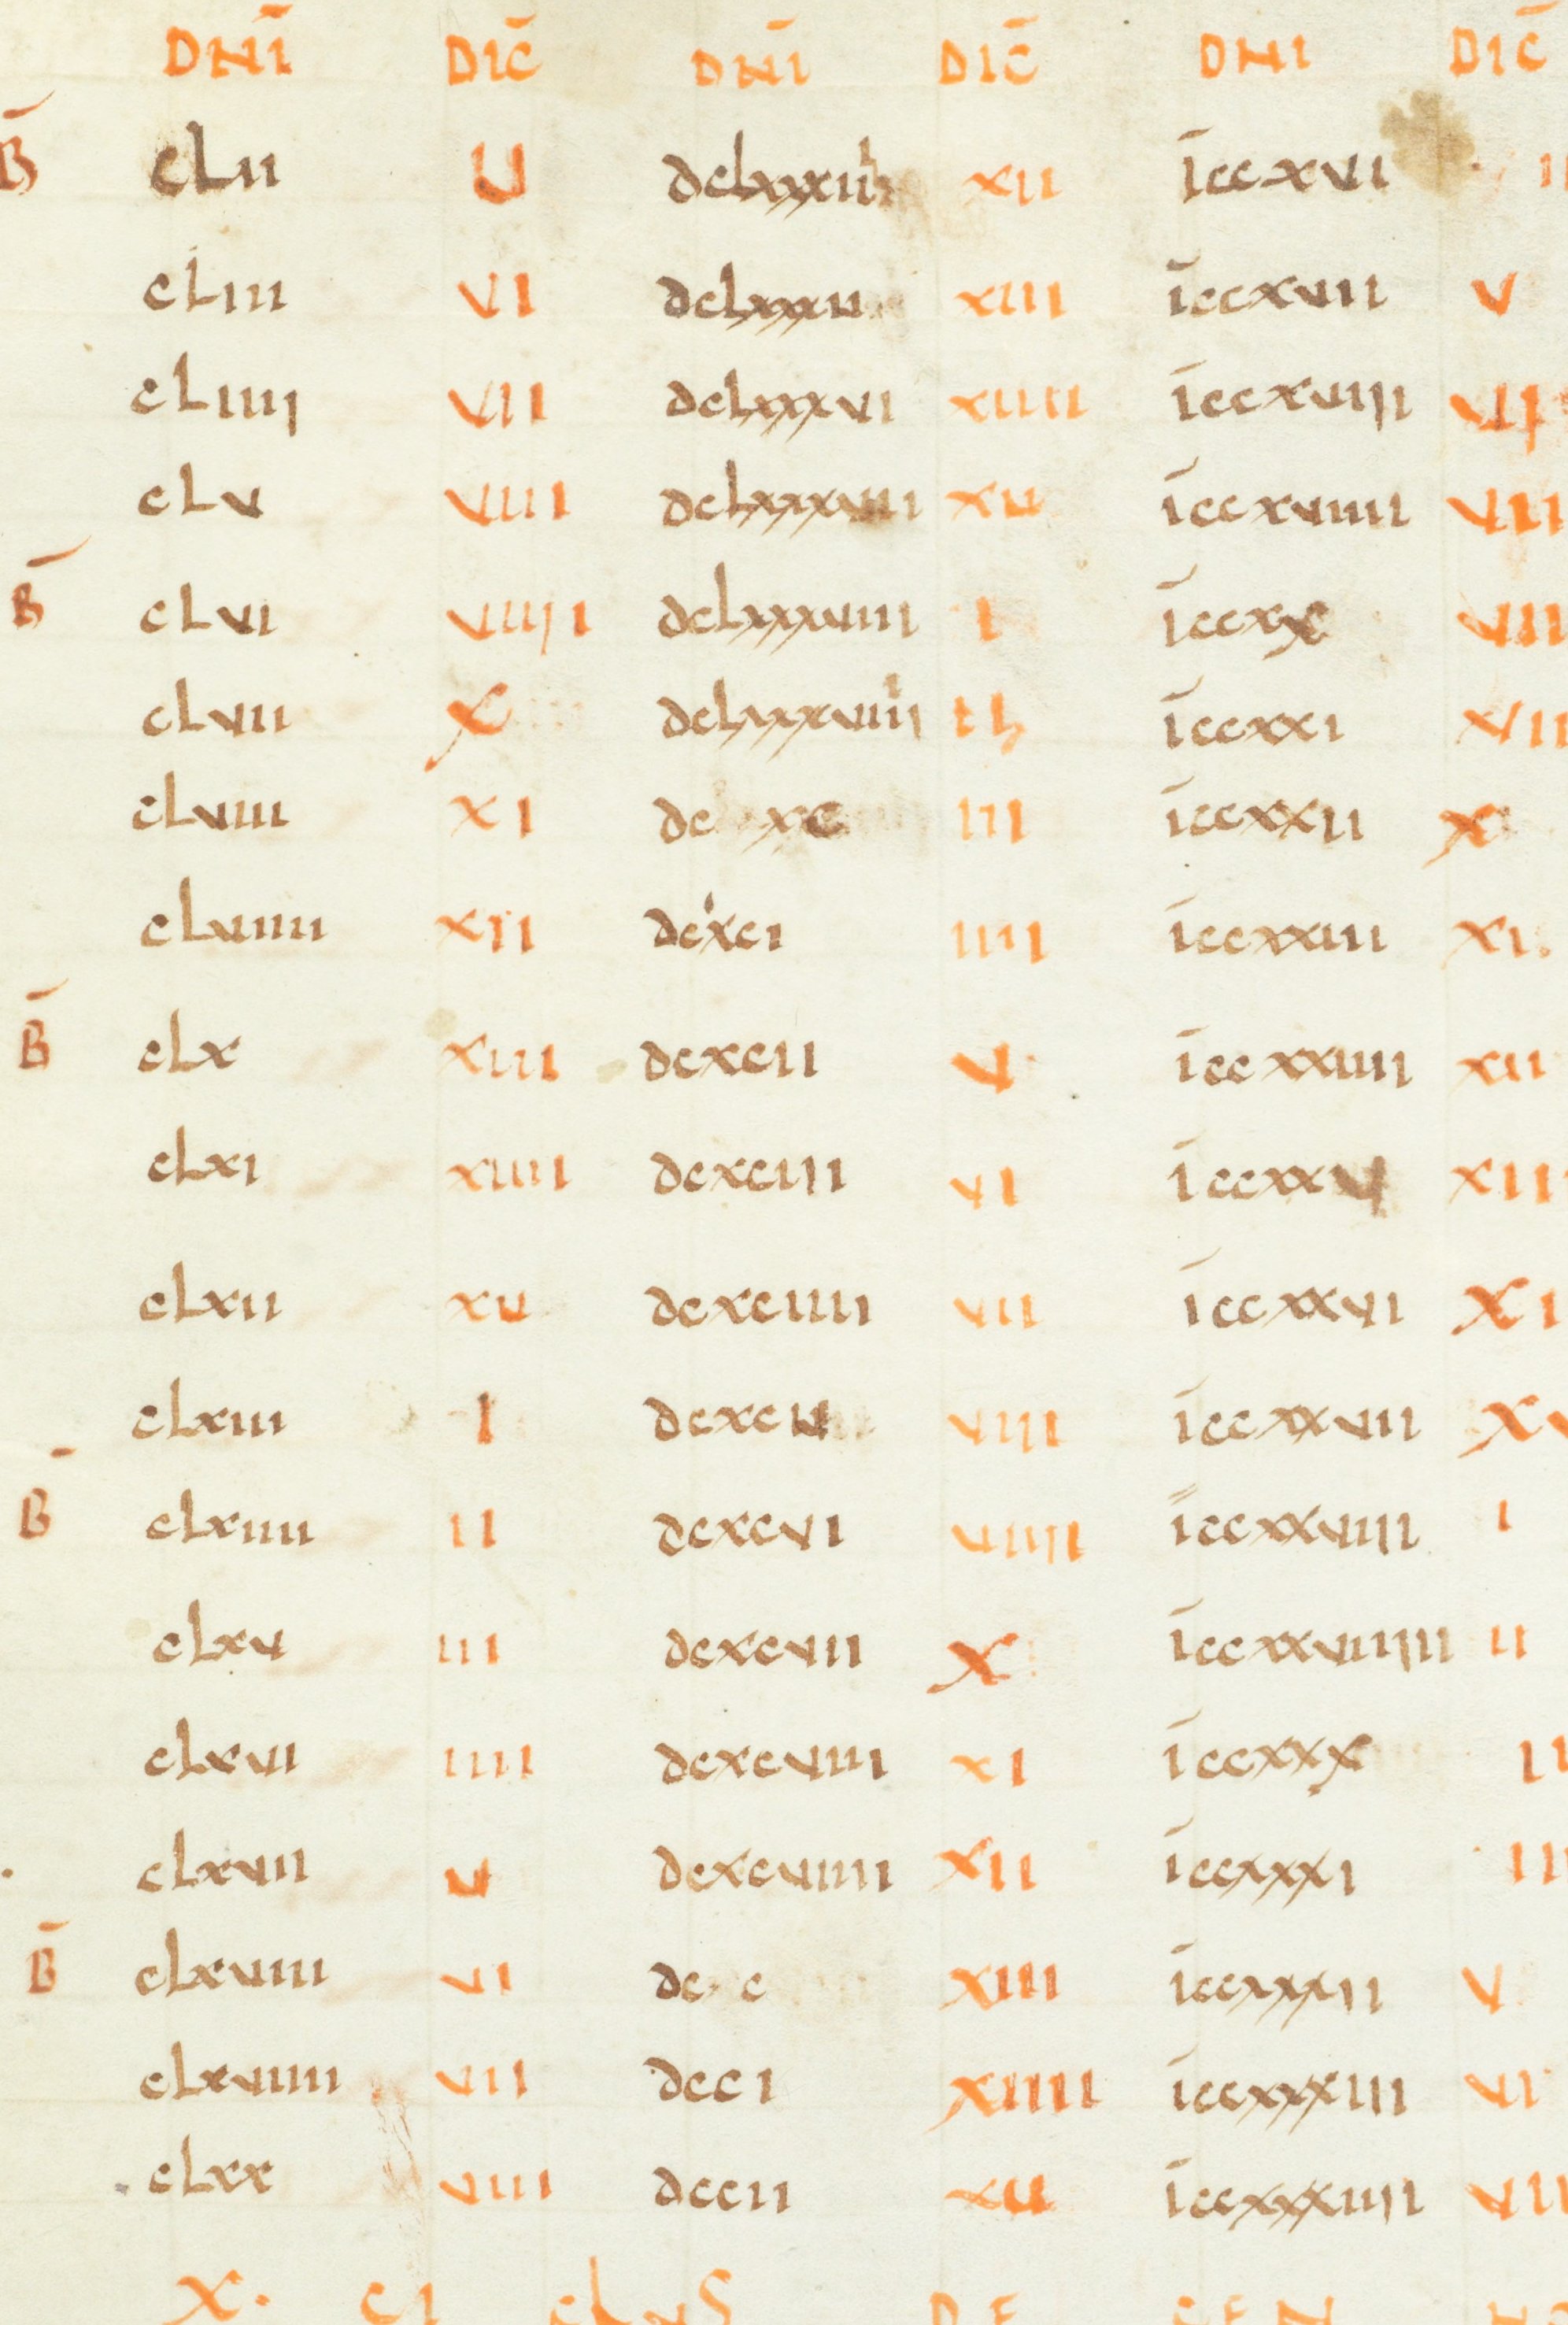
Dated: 1000–1049